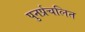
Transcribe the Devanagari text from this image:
पुनर्प्रचलित